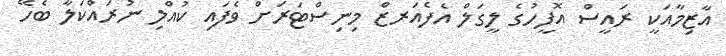
އާޒިމާއަކީ ރައީސް އޮފީހުގެ ލީގަލް އެފެއަރޒް މިނިސްޓަރަށް ވެފައި ކުއްލި ނުރައްކަލާ ބެހޭ